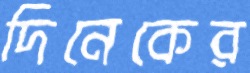
দিনেকের